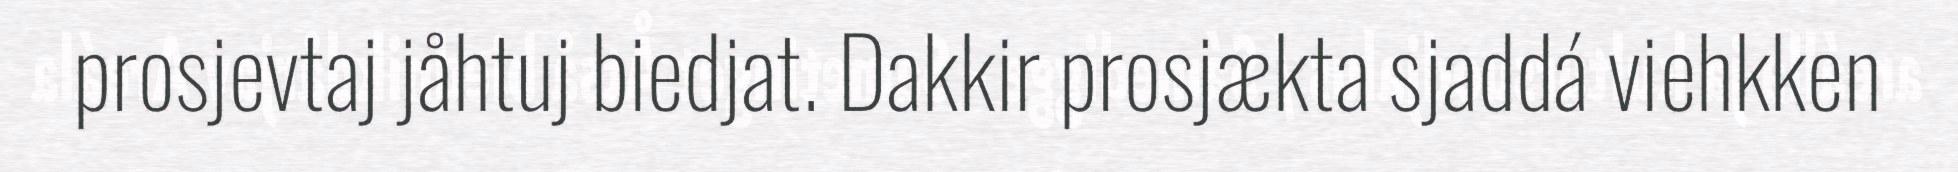
prosjevtaj jåhtuj biedjat. Dakkir prosjækta sjaddá viehkken